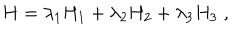
H = \lambda _ { 1 } H _ { 1 } + \lambda _ { 2 } H _ { 2 } + \lambda _ { 3 } H _ { 3 } \; ,